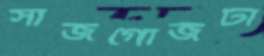
সাজগোজটা